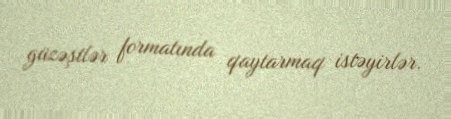
güzəştlər formatında qaytarmaq istəyirlər.